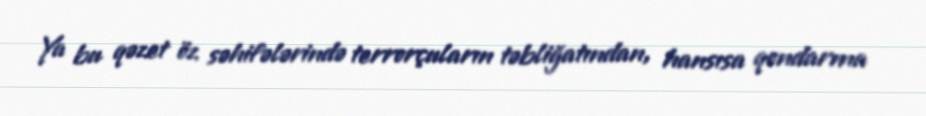
Ya bu qəzet öz səhifələrində terrorçuların təbliğatından, hansısa qondarma